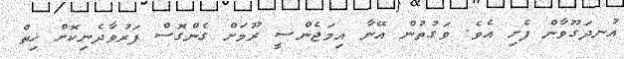
އުނދަގޫވާން ފެށި އެވެ. ވަގުތުން އޭނާ އިމަޖެންސީ ރޫމަށް ގެންގޮސް ފަރުވާދެނިކޮށް ހިތް